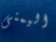
اليمنى